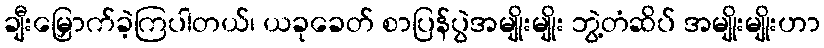
ချီးမြှောက်ခဲ့ကြပါတယ်၊ ယခုခေတ် စာပြန်ပွဲအမျိုးမျိုး ဘွဲ့တံဆိပ် အမျိုးမျိုးဟာ